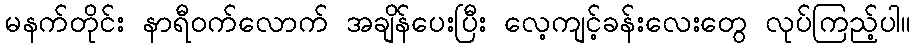
မနက်တိုင်း နာရီဝက်လောက် အချိန်ပေးပြီး လေ့ကျင့်ခန်းလေးတွေ လုပ်ကြည့်ပါ။